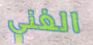
الغني